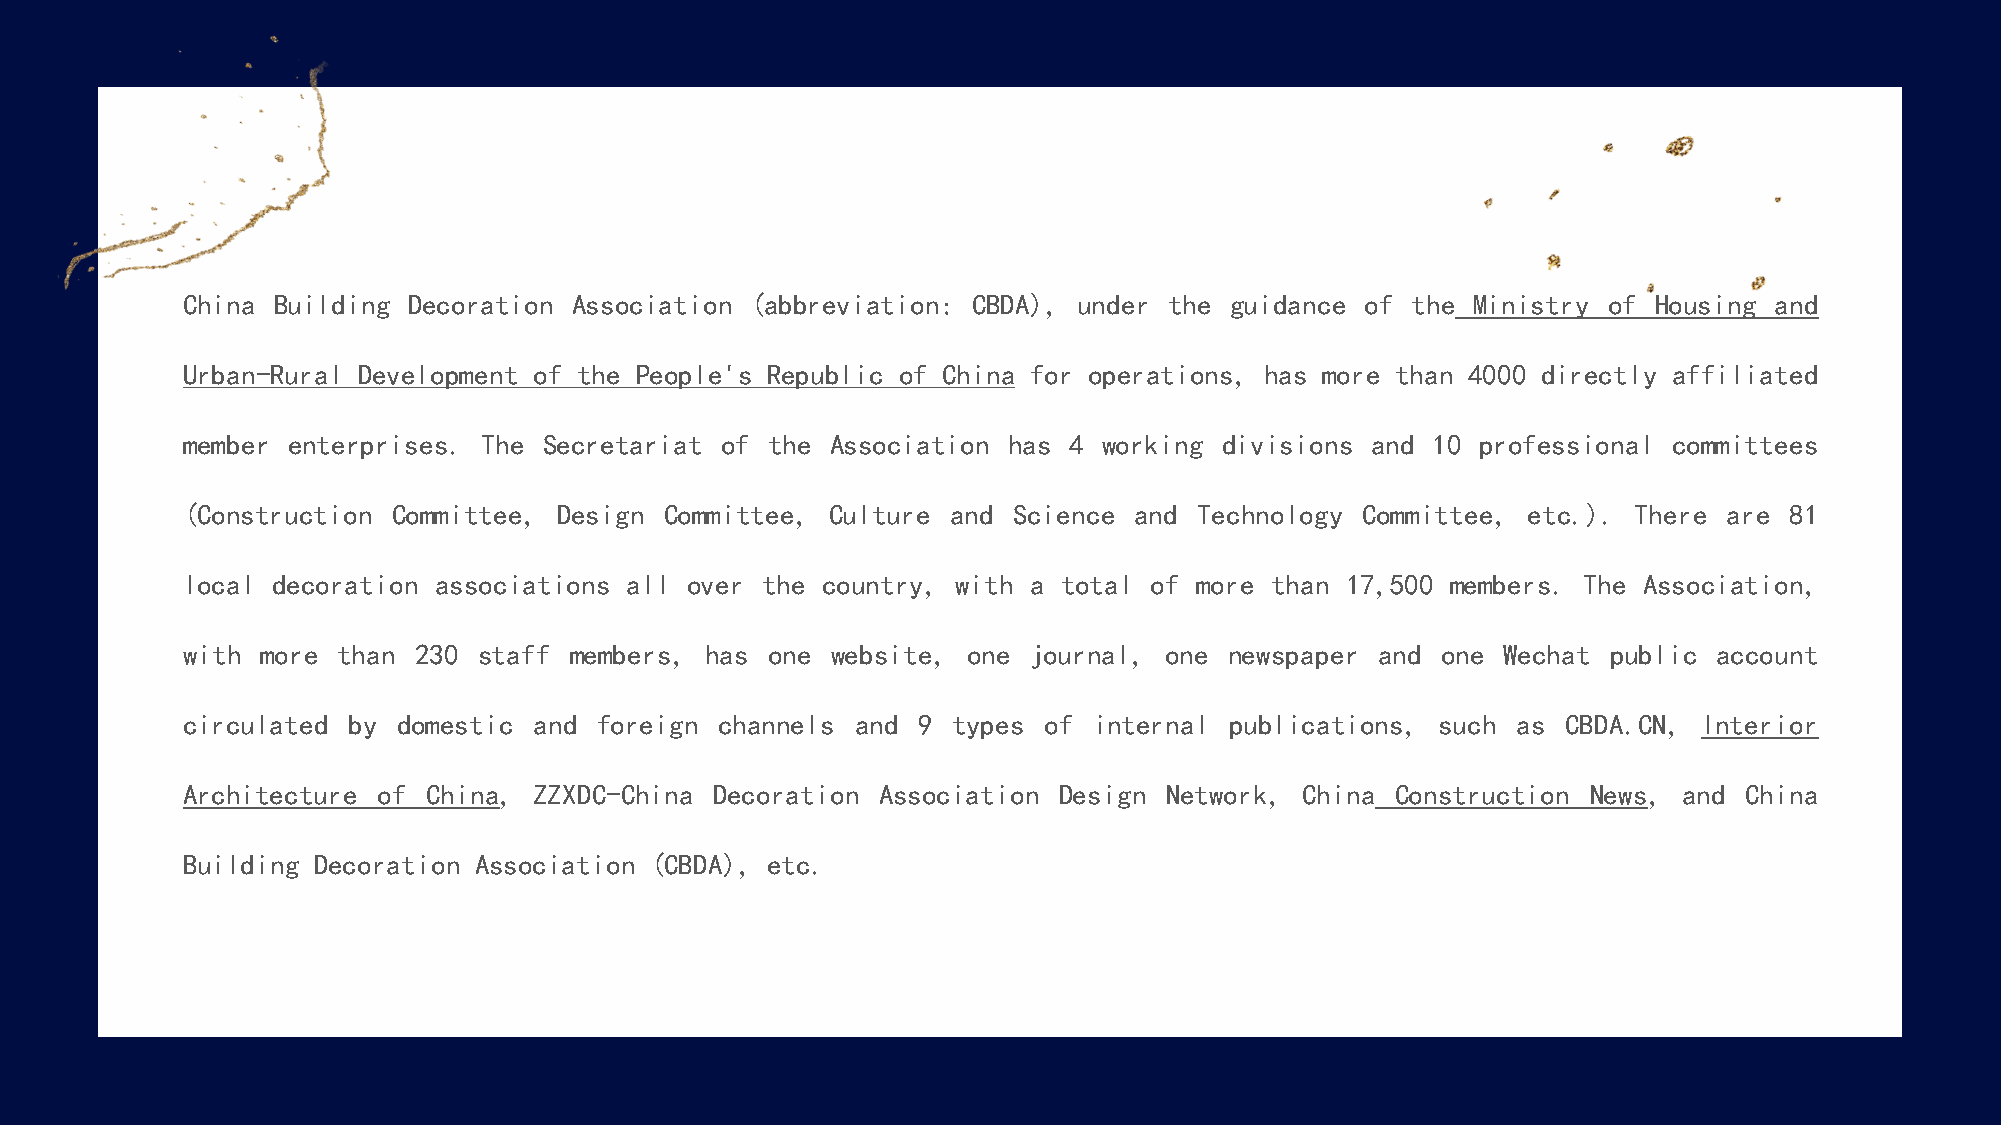
China Building Decoration Association (abbreviation: CBDA), under the guidance of the Ministry of Housing and
 Urban-Rural Development of the People's Republic of China for operations, has more than 4000 directly affiliated
 member enterprises. The Secretariat of the Association has 4 working divisions and 10 professional committees
 (Construction Committee, Design Committee, Culture and Science and Technology Committee, etc.). There are 81
 local decoration associations all over the country, with a total of more than 17,500 members. The Association,
 with more than 230  staff members, has one website, one journal, one newspaper and one Wechat  public account
 circulated by domestic and foreign  channels and 9 types of internal publications, such as  CBDA.CN, Interior
 Architecture of China, ZZXDC-China Decoration Association Design Network, China Construction News, and China
 Building Decoration Association (CBDA), etc.